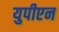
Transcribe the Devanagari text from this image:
युपीएन